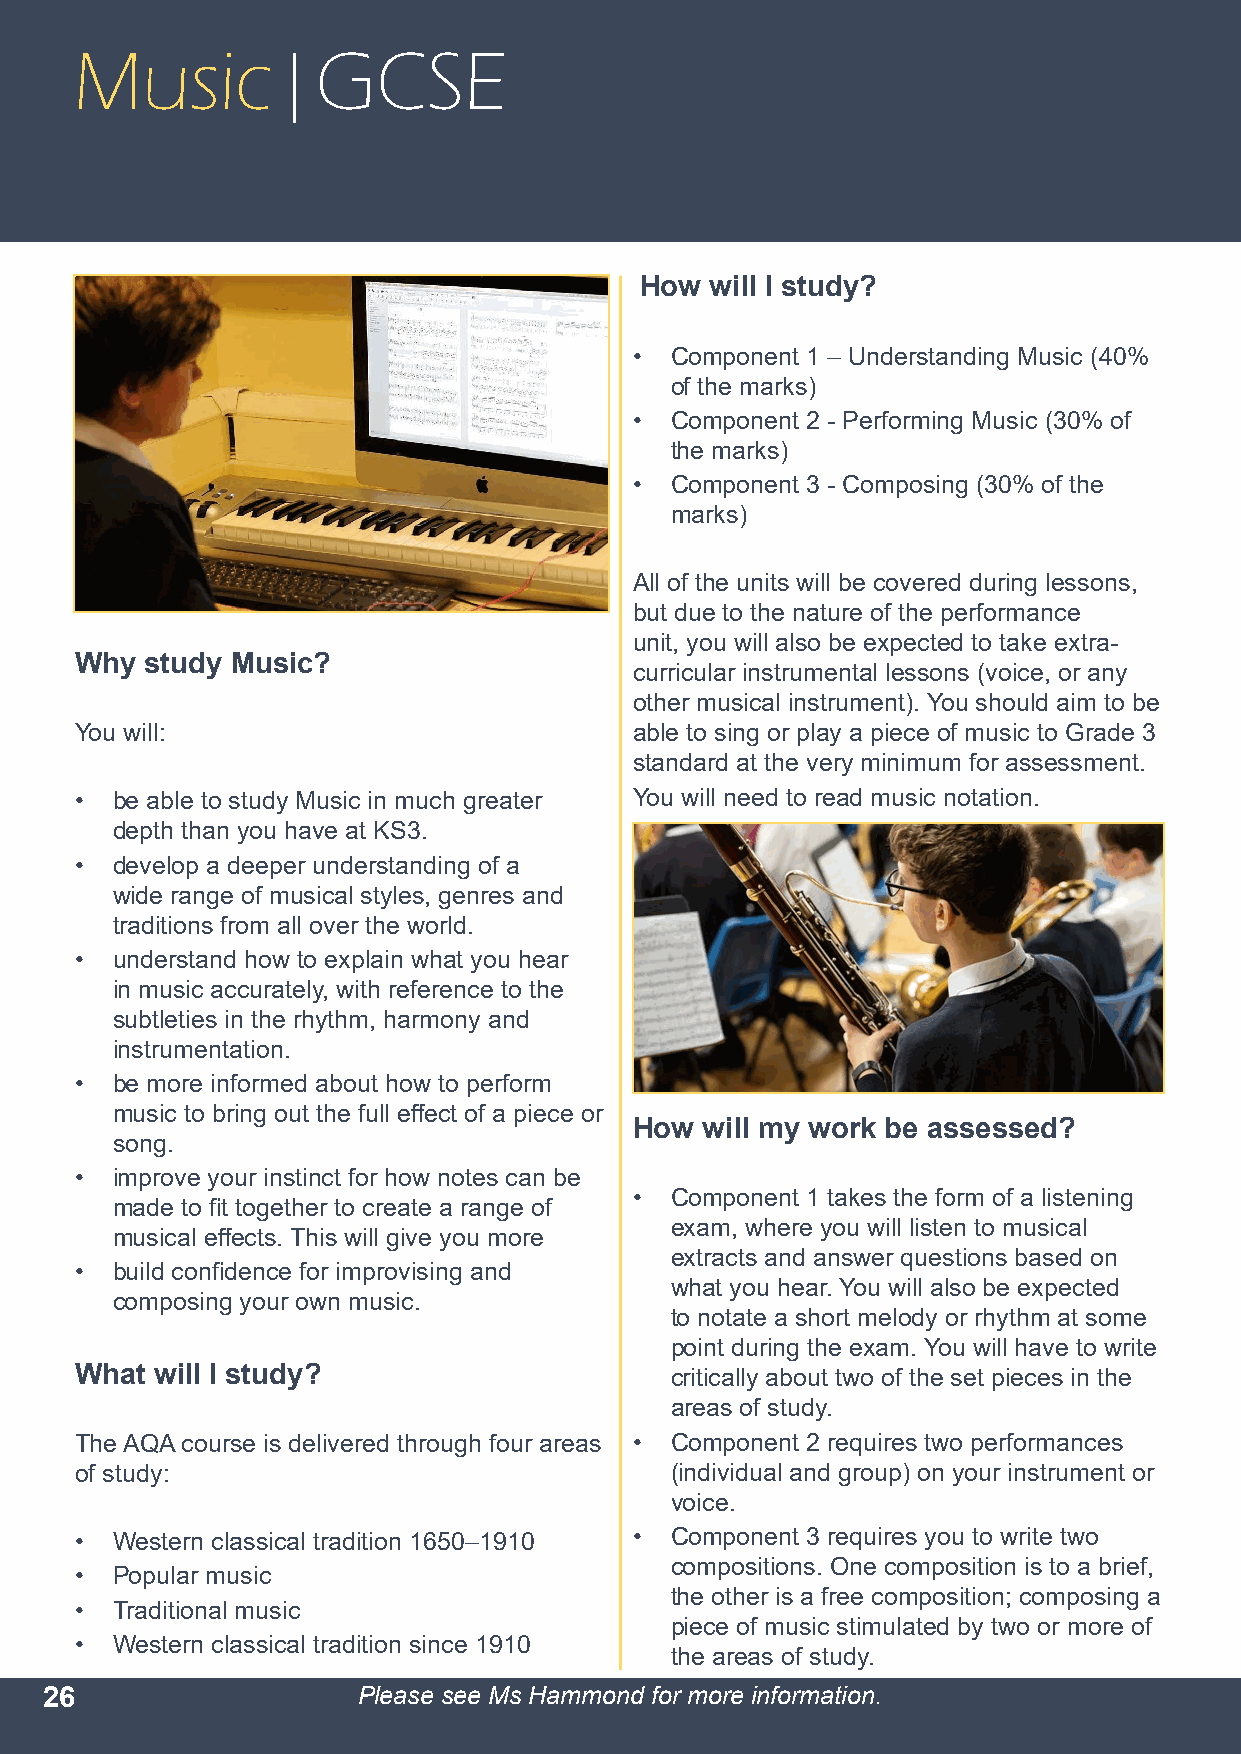
Music|GCSE
 How  will I study?
 • Component 1 – Understanding Music (40%
 of the marks)
 • Component 2 - Performing Music (30% of
 the marks)
 • Component 3 - Composing (30% of the
 marks)
 All of the units will be covered during lessons,
 but due to the nature of the performance
 unit, you will also be expected to take extra-
 Why  study Music?
 curricular instrumental lessons (voice, or any
 other musical instrument). You should aim to be
 You will:                            able to sing or play a piece of music to Grade 3
 standard at the very minimum for assessment.
 • be able to study Music in much greater You will need to read music notation.
 depth than you have at KS3.
 • develop a deeper understanding of a
 wide range of musical styles, genres and
 traditions from all over the world.
 • understand how to explain what you hear
 in music accurately, with reference to the
 subtleties in the rhythm, harmony and
 instrumentation.
 • be more informed about how to perform
 music to bring out the full effect of a piece or
 How will my work be assessed?
 song.
 • improve your instinct for how notes can be
 • Component 1 takes the form of a listening
 made to fit together to create a range of
 exam, where you will listen to musical
 musical effects. This will give you more
 extracts and answer questions based on
 • build confidence for improvising and
 what you hear. You will also be expected
 composing your own music.
 to notate a short melody or rhythm at some
 point during the exam. You will have to write
 What will I study?                     critically about two of the set pieces in the
 areas of study.
 The AQA course is delivered through four areas • Component 2 requires two performances
 of study:                              (individual and group) on your instrument or
 voice.
 • Western classical tradition 1650–1910 • Component 3 requires you to write two
 compositions. One composition is to a brief,
 • Popular music
 the other is a free composition; composing a
 • Traditional music
 piece of music stimulated by two or more of
 • Western classical tradition since 1910
 the areas of study.
 26                   Please see Ms Hammond for more information.